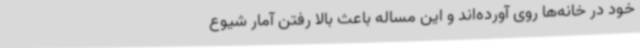
خود در خانه‌ها روی آورده‌اند و این مساله باعث بالا رفتن آمار شیوع